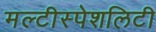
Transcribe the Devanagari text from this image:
मल्टीस्पेशलिटी